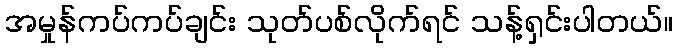
အမှုန်ကပ်ကပ်ချင်း သုတ်ပစ်လိုက်ရင် သန့်ရှင်းပါတယ်။